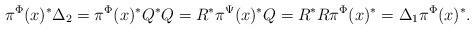
LaTeX: \begin{gather*}\pi^{\Phi}(x)^*\Delta_{2}=\pi^{\Phi}(x)^*Q^*Q=R^*\pi^{\Psi}(x)^*Q=R^*R\pi^{\Phi}(x)^*=\Delta_{1}\pi^{\Phi}(x)^*.\end{gather*}